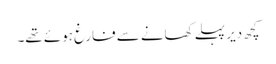
کچھ دیر پہلے کھانے سے فارغ ہوئے تھے۔